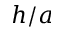
h / a